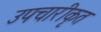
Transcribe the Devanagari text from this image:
उपचारीकृत